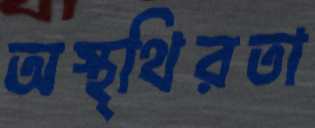
অস্থ্থিরতা